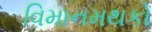
વિમાનમથકો